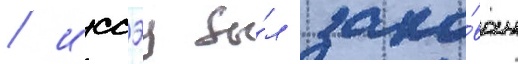
/ иссэу бы́л даро́ван